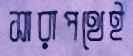
সারাপথেই